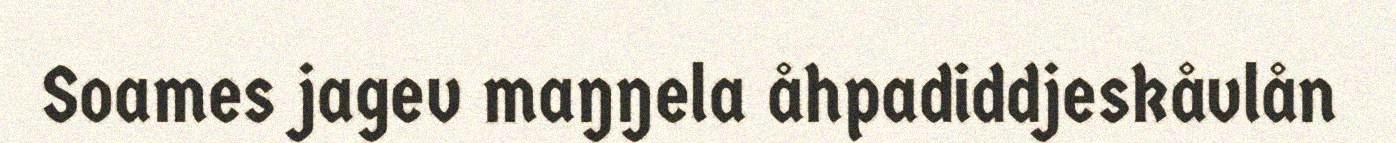
Soames jagev maŋŋela åhpadiddjeskåvlån